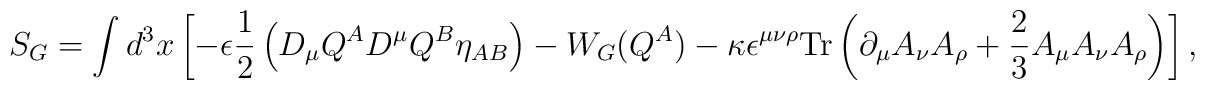
S_G= \int  d^3x\left[-\epsilon\frac{1}{2}\left(D_\mu Q^AD^{\mu}Q^B\eta_{AB}\right) -W_G(Q^A)-\kappa\epsilon^{\mu\nu\rho}\mbox{Tr}\left(\partial_\mu A_\nu A_\rho+\frac{2}{3}A_\mu A_\nu A_\rho\right)\right],